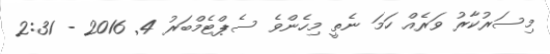
މިސަރުކާރު ވަރެއް ހަމަ ނެތީ މިހެންވެ ސެޕްޓެމްބަރު 4